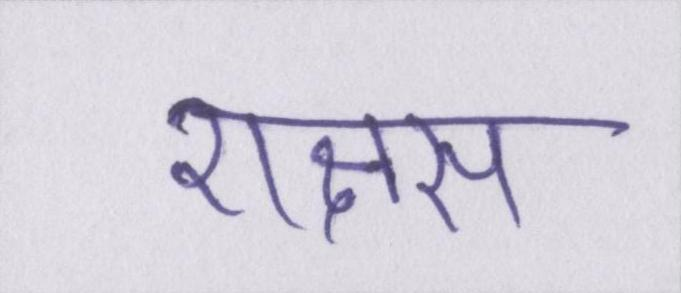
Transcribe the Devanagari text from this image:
राक्षस